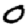
Digit: 0